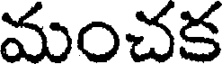
మంచక